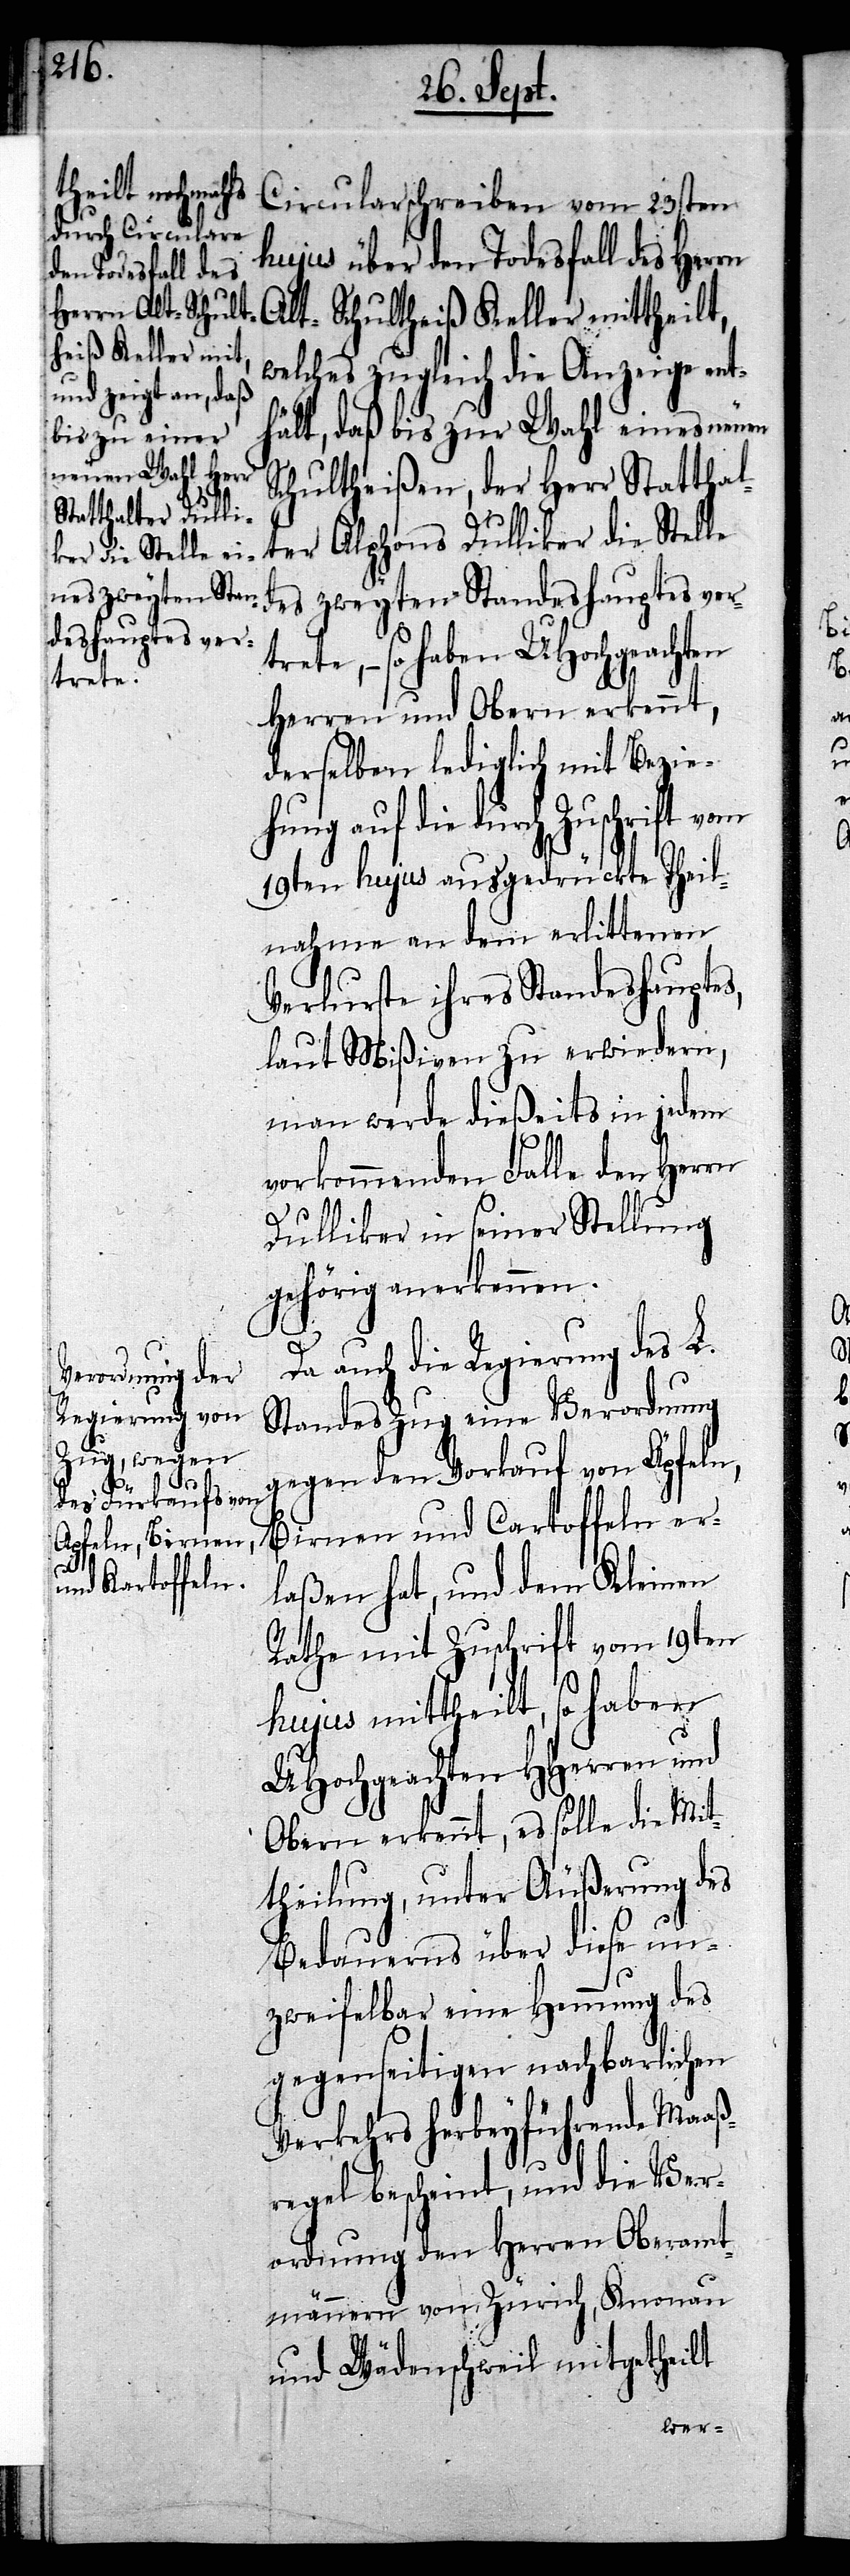
Circularschreiben vom 23sten
hujus über den Todesfall des Herrn
Alt-Schultheiß Keller mittheilt,
welches zugleich die Anzeige ent¬
hält, daß bis zur Wahl eines neuen
Schultheißen, der Herr Statthal¬
ter Alphons Dulliker die Stelle
des zweyten Standeshauptes ver¬
trete, – so haben UHochgeachten
Herren und Obern erkennt,
derselben lediglich mit Bezie¬
hung auf die durch Zuschrift vom
19ten hujus ausgedrückte Theil¬
nahme an dem erlittenen
Verlurste ihres Standeshauptes,
laut Mißiven zu erwiedern,
man werde dießeits in jedem
vorkommenden Falle den Herrn
Dulliker in seiner Stellung
gehörig anerkennen.
Da auch die Regierung des L.
Standes Zug eine Verordnung
gegen den Vorkauf von Äpfeln,
Birnen und Cartoffeln er¬
laßen hat, und dem Kleinen
Rathe mit Zuschrift vom 19ten
hujus mittheilt, so haben
UHochgeachten HHerren und
Obern erkennt, es solle die Mit¬
theilung, unter Äußerung des
Bedauerns über diese un¬
zweifelbar eine Hemmung des
gegenseitigen nachbarlichen
Verkehrs herbeyführende Maaß¬
regel bescheint, und die Ver¬
ordnung den Herren Oberamt¬
männern von Zürich, Knonau
und Wädenschweil mitgetheilt